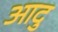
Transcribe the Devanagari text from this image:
आदु